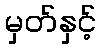
မှတ်နှင့်